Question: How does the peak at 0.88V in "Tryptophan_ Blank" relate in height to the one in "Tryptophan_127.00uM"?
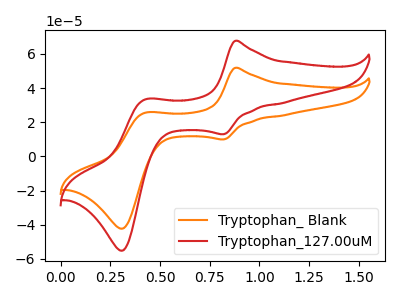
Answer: <think>The orange curve "Tryptophan_ Blank" has anodic peaks at (0.90V, 51.85uA) (0.45V, 25.60uA) and cathodic peaks at (0.80V, 9.95uA) (0.30V, -42.25uA). The red curve "Tryptophan_127.00uM" has anodic peaks at (0.90V, 67.65uA) (0.45V, 33.40uA) and cathodic peaks at (0.80V, 13.00uA) (0.30V, -55.15uA).</think>
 <answer>The peak at 0.88V is lower in "Tryptophan_ Blank" than in "Tryptophan_127.00uM".</answer>
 <eval>lower</eval>